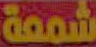
شمعة